Vaccination in Burma 1900-1911 - 1900-1911
Year: 1900
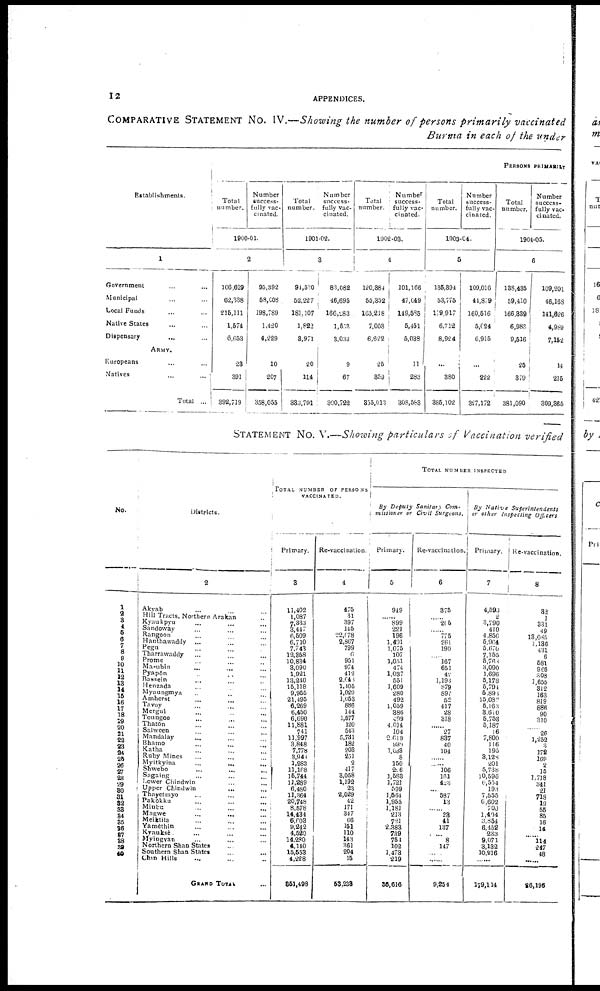
12
APPENDICES.
COMPARATIVE STATEMENT No. IV.—Showing the number of persons primarily vaccinated
Burma in each of the under
Establishments.
1
Government ... ...
Municipal ... ...
Local Funds ... ...
Native States ... ...
Dispensary ... ...
ARMY.
Europeans ... ...
Natives
...
...
Total ...
PERSONS PRIMARILY
Total
number.
Number
success-
fully vac-
cinated.
1900-01.
2
106,629
62,338
215,111
1,574
6,653
23
391
392,719
95,392
58,008
198,789
1,420
4,229
10
207
358,055
Total
number.
Number
success-
fully vac-
cinated.
1901-02.
3
94,530
52,227
181,107
1,822
3,971
20
114
383,791
83,082
46,695
166,283
1,632
3,033
9
67
300,722
Total
number.
Number
success-
fully vac-
cinated.
1902-03.
4
120,384
55,352
165,218
7,053
6,622
25
359
355,013
101,166
47,049
149,585
5,451
5,038
11
283
308,583
Total
number.
Number
success-
fully vac-
cina ted.
1903-04.
5
136,394
53,775
179,917
6,712
8,924
...
380
385,102
109,016
44,879
160,516
5,024
6,915
...
222
327,172
Total
number.
Number
success-
fully vac-
cinated.
1904-05.
6
138,435
59,410
166,339
6,986
9,516
25
379
381,090
109,201
46,168
141,626
4,989
7,152
14
215
309,365
STATEMENT No. V.—Showing particulars of Vaccination verified
No.
1
1
2
3
4
5
6
7
8
9
10
11
12
13
14
15
16
17
18
19
20
21
22
23
24
25
26
27
28
29
30
31
32
33
34
35
36
37
38
40
Districts.
2
Akyab ... ... ...
Hill Tracts, Northern Arakan ...
Kyaukpyu ... ... ...
Sandoway
...
...
...
Rangoon ... ... ...
Hanthawaddy
...
...
...
Pegu ... ... ...
Tharrawaddy ... ... ...
Prome
...
...
...
Ma-ubin ... ... ...
Pyapôn
... ... ...
Bassein
...
...
...
Henzada
...
...
...
Myaungmya
...
...
...
Amherst
...
...
...
Tavoy
...
...
...
Mergui
...
...
...
Toungoo ... ...
Thatôn
...
...
...
Salween ... ... ...
Mandalay ... ... ...
Bhamo ... ... ...
Katha ... ... ...
Ruby Mines
...
...
...
Myitkyina ... ... ...
Shwebo ... ... ...
Sagaing ... ... ...
Lower Chindwin ... ...
Upper Chindwin ... ...
Thayetmyo ... ... ...
Pakôkku ... ... ...
Minbu ... ... ...
Magwe
...
... ...
Meiktila ... ... ...
Yamèthin ... ... ...
Kyauksè ... ... ...
Myingyan ... ... ...
Northern Shan States ... ...
Southern Shan States ... ...
Chin Hills ... ... ...
GRAND TOTAL ...
TOTAL NUMBER OF PERSONS
VACCINATED.
Primary.
3
11,402
1,087
7,333
3,447
6,509
6,710
7,743
12,358
10,834
3,090
1,921
13,240
15,118
9,955
21,495
6,269
6,450
6,690
11,881
741
11,997
3,848
7,778
3,948
1,283
11,168
15,744
11,289
6,480
11,364
20,748
8,578
14,434
6,603
9,242
4,520
14,280
4,140
15,553
4,228
351,498
Re-vaccination.
4
475
31
397
145
22,078
2,867
799
6
951
974
412
2,043
1,405
1,029
1,053
886
144
1,577
120
543
5,731
182
203
251
2
417
3,058
1,192
23
2,029
42
171
347
66
151
110
143
361
204
15
53,233
TOTAL NUMBER INSPECTED
By Deputy Sanitary Com-
missioner or Civil
Surgeons.
Primary.
5
949
......
899
221
196
1,401
1,075
107
1,051
474
1,037
551
1,609
280
492
1,059
386
499
4,014
104
2,619
930
1,038
8
150
226
1,588
1,721
599
1,564
1,955
1,181
213
721
2,383
739
754
102
1,473
219
36,616
Re-vaccination.
6
375
......
205
......
775
261
190
......
167
651
42
1,193
879
897
52
417
28
318
......
27
837
40
194
......
......
106
161
423
... 587
13
......
23
41
137
......
8
147
......
......
9,254
By Native
Superintendents
or other Inspecting Officers
Primary.
7
4,593
2
3,790
410
4,856
5,964
5,670
7,155
5,766
3,090
1,696
5,178
5,794
5,898
15,086
5,163
3,610
5,753
5,187
16
7,800
116
195
3,128
201
5,738
10,596
6,554
193
7,555
6,602
700
1,404
3,854
6,452
233
9,071
3,132
10,816
......
179,114
Re-vaccination.
8
32
1
331
49
13,085
1,186
431
6
581
966
308
1,655
312
163
819
886
90
310
......
26
1,252
3
172
169
2
15
1,718
341
21
718
19
55
85
16
14
......
114
247
48
......
26,196